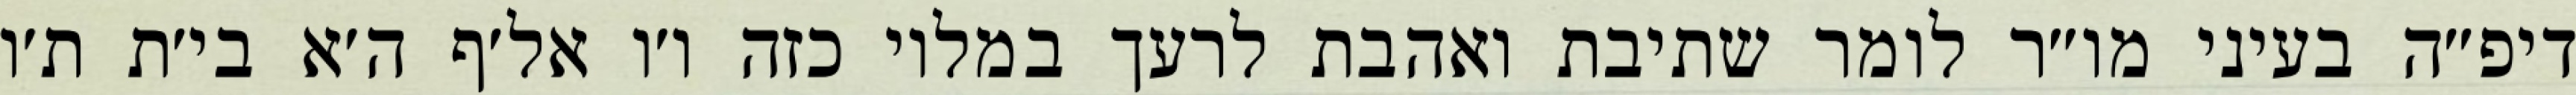
דיפ״ה בעיני מו״ר לומר שתיבת ואהבת לרעך במלוי כזה ו׳ו אל׳ף ה׳א בי׳ת ת׳ו